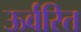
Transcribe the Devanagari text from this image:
ऊर्वरित